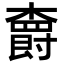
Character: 𣝣